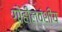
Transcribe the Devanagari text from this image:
गोहीलवंशीय